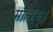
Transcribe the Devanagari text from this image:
मातरम्‌।